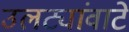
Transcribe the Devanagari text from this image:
उलट्यांवाटे